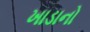
ખાડાનો